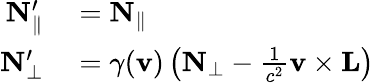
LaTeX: \begin{array}{rl}{\mathbf{N}_{\parallel}^{\prime}}&{{}=\mathbf{N}_{\parallel}}\\ {\mathbf{N}_{\perp}^{\prime}}&{{}=\gamma(\mathbf{v})\left(\mathbf{N}_{\perp}-{\frac{1}{c^{2}}}\mathbf{v}\times\mathbf{L}\right)}\end{array}